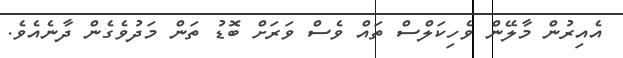
އެއިރުން މާލޭން ވެހިކަލްސް ތައް ވެސް ވަރަށް ބޮޑު ތަން މަދުވެގެން ދާނެއެވެ.